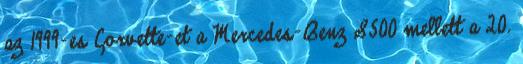
az 1999-es Corvette-et a Mercedes-Benz S500 mellett a 20.